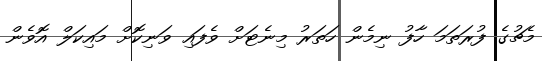
މެޗުގެ ފުރަތަމަ ހާފު ނިމެން ހަތަރު މިނެޓަށް ވެފައި ވަނިކޮށް މައިކަލް އޮވެން